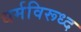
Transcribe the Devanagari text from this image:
धर्मविरूध्द